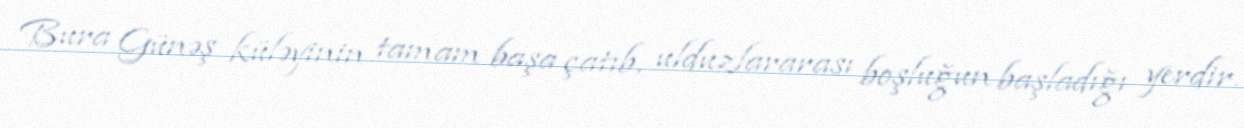
Bura Günəş küləyinin tamam başa çatıb, ulduzlararası boşluğun başladığı yerdir.